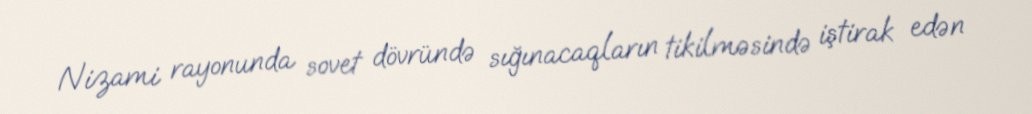
Nizami rayonunda sovet dövründə sığınacaqların tikilməsində iştirak edən